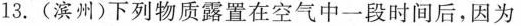
13.(滨州)下列物质露置在空气中一段时间后，因为